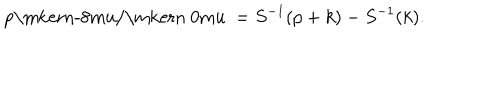
LaTeX: \mathrm { ~ p \ m k e r n - 8 m u / \ m k e r n ~ 0 m u ~ } = S ^ { - 1 } ( p + k ) - S ^ { - 1 } ( k ) .